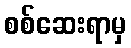
စစ်ဆေးရာမှ